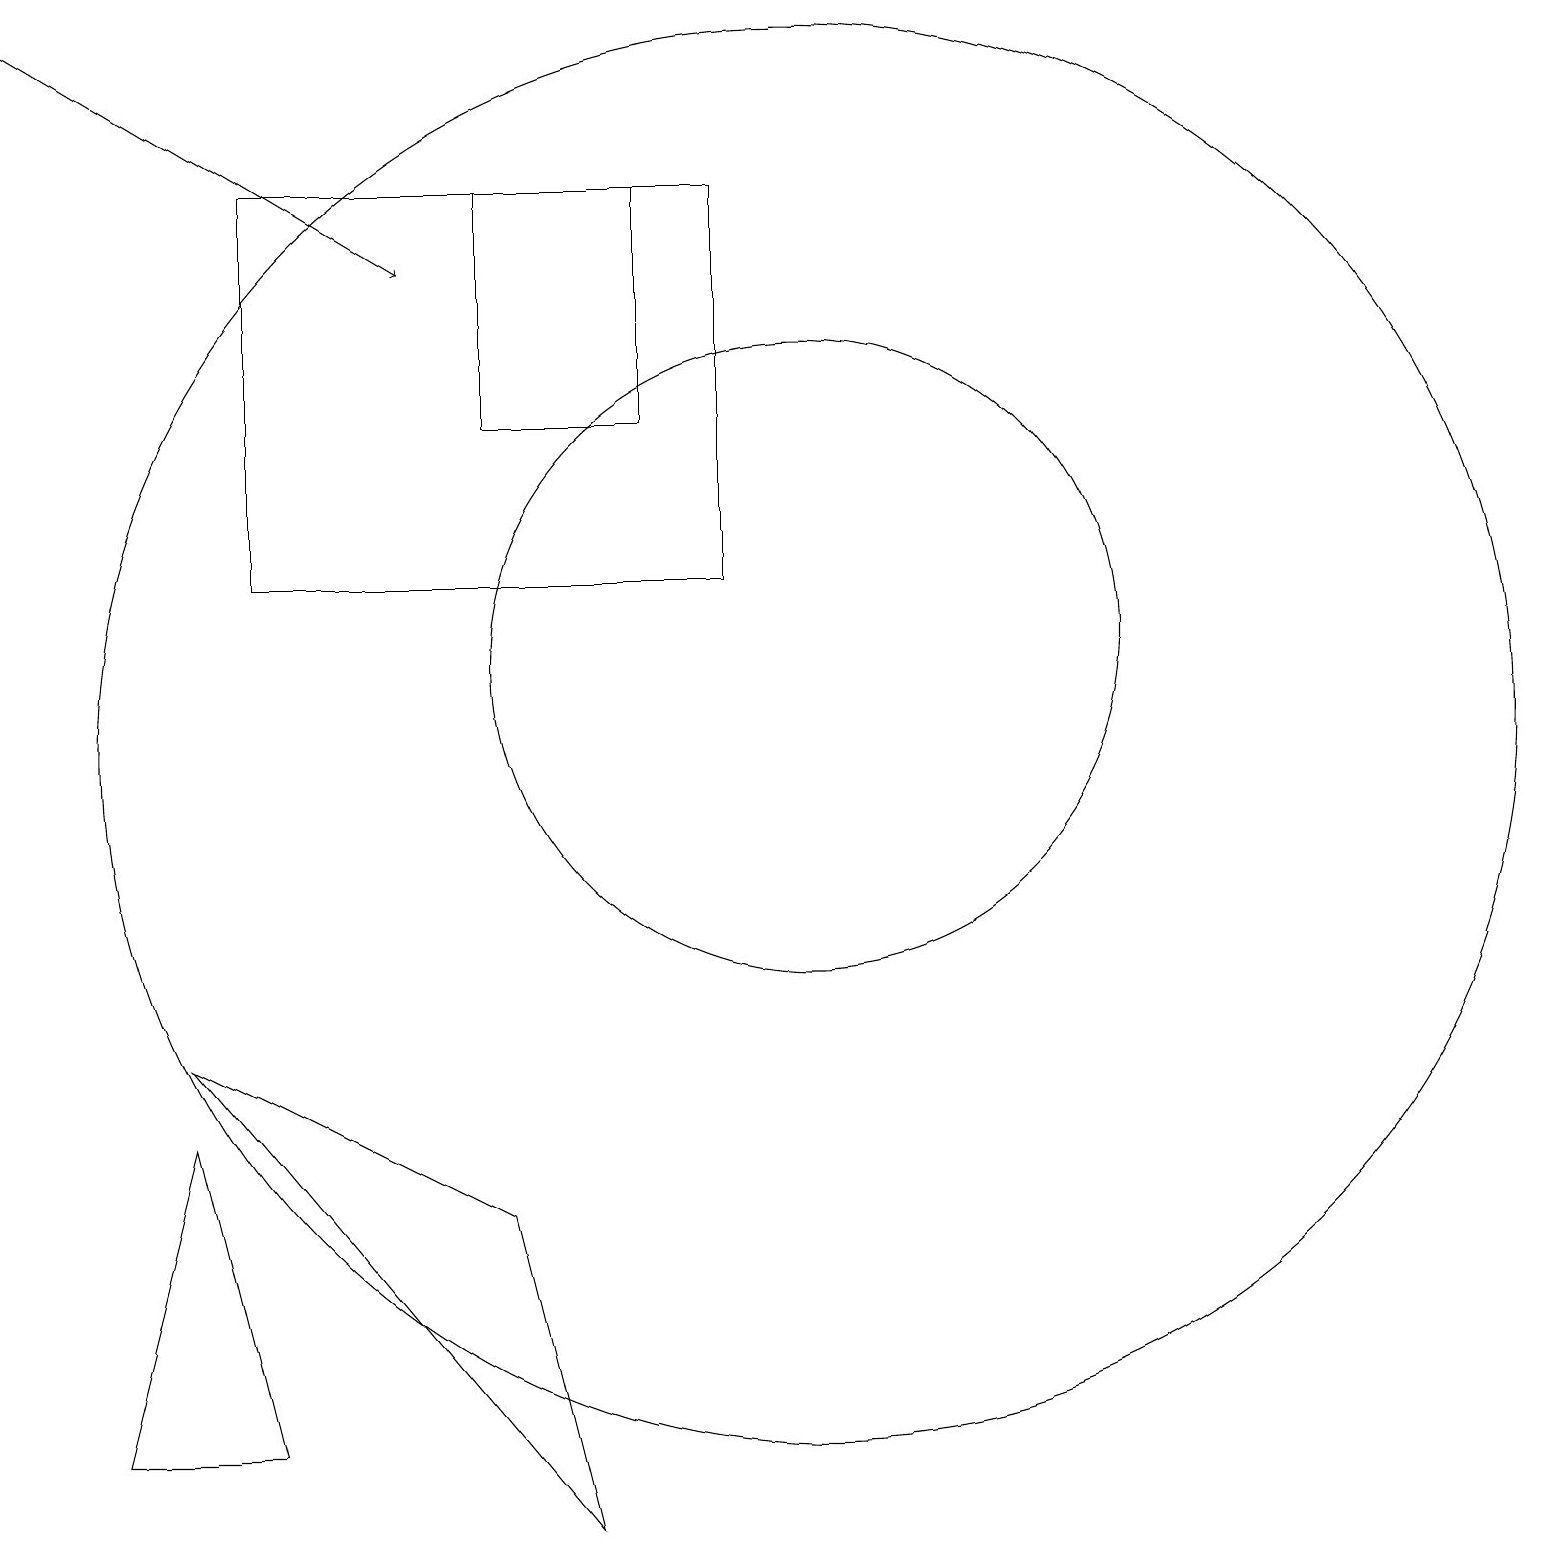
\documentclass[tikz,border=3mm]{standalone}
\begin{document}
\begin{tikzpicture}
\draw (10,10) circle (9);
\draw (10,11) circle (4);
\draw (1,1) -- (3,1) -- (2,5) -- cycle;
\draw (8,14) rectangle (6,17);
\draw (4,17) rectangle (6,17);
\draw (2,6) -- (6,4) -- (7,0) -- cycle;
\draw (9,17) rectangle (3,12);
\draw[->] (0,19) -- (5,16);
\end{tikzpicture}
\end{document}